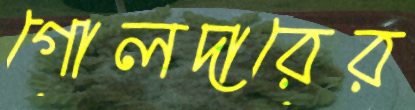
গোলদারের